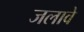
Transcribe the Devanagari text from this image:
जलावे